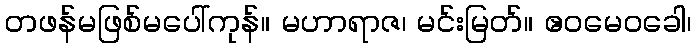
တဖန်မဖြစ်မပေါ်ကုန်။ မဟာရာဇ၊ မင်းမြတ်။ ဧဝမေဝခေါ၊